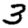
Digit: 3